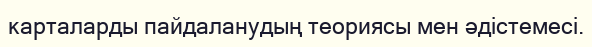
карталарды пайдаланудың теориясы мен әдістемесі.